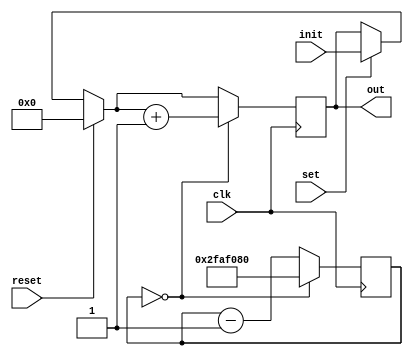
`timescale 1ns / 10ps
module counter
  (
   input wire [3:0] init,
   input wire       clk, set, reset,
   output reg [3:0] out
   );

   initial
     out = 4'b0000;

   reg [25:0]       counter = 50_000_000;

   always @(posedge clk)
     begin
        if (set == 1)
          out = init;
        if (reset == 1)
          out = 4'b0000;

        if (counter == 0)
          begin
             counter <= 50_000_000;
             out = out + 1;
          end
        else
          counter <= counter - 1;
     end // always @ (posedge clk)

endmodule // counter